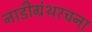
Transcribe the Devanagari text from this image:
नाडीग्रंथरचना